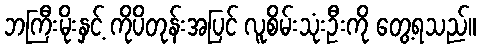
ဘကြီးမိုးနှင့် ကိုပိတုန်းအပြင် လူစိမ်းသုံးဦးကို တွေ့ရသည်။